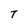
Character: T